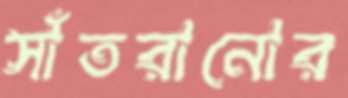
সাঁতরানোর